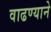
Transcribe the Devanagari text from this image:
वाढण्याने